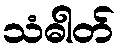
သံဓါတ်